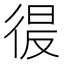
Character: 𭛲